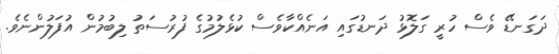
ދަގަނޑޭ ވެސް ހުރީ ގަލޮޅު ދަނޑުގައި އަނެއްކާވެސް ކުޅެލުމުގެ ފުރުސަތު ލިބުމުން އުފަލުންނެވެ.